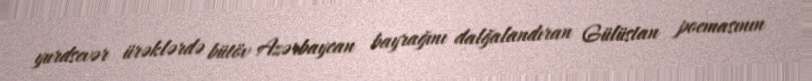
yurdsevər ürəklərdə bütöv Azərbaycan bayrağını dalğalandıran Gülüstan poemasının